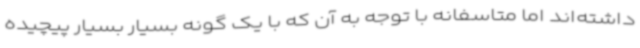
داشته‌اند اما متاسفانه با توجه به آن که با یک گونه بسیار بسیار پیچیده